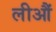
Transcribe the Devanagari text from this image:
लीऔं